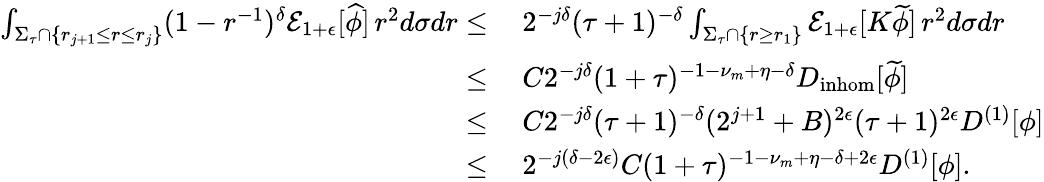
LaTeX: \begin{array}{rl}{\int_{\Sigma_{\tau}\cap\{ r_{j+1}\leq r\leq r_{j}\} }(1-r^{-1})^{\delta}\mathcal{E}_{1+\epsilon}[\widehat{\phi}]\, r^{2}d\sigma dr\leq}&{\: 2^{-j\delta}(\tau+1)^{-\delta}\int_{\Sigma_{\tau}\cap\{ r\geq r_{1}\} }\mathcal{E}_{1+\epsilon}[K\widetilde{\phi}]\, r^{2}d\sigma dr}\\ {\leq}&{\: C2^{-j\delta}(1+\tau)^{-1-\nu_{m}+\eta-\delta}D_{\mathrm{inhom}}[\widetilde{\phi}]}\\ {\leq}&{\: C2^{-j\delta}(\tau+1)^{-\delta}(2^{j+1}+B)^{2\epsilon}(\tau+1)^{2\epsilon}D^{(1)}[\phi]}\\ {\leq}&{\: 2^{-j(\delta-2\epsilon)}C(1+\tau)^{-1-\nu_{m}+\eta-\delta+2\epsilon}D^{(1)}[\phi].}\end{array}